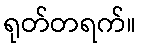
ရုတ်တရက်။